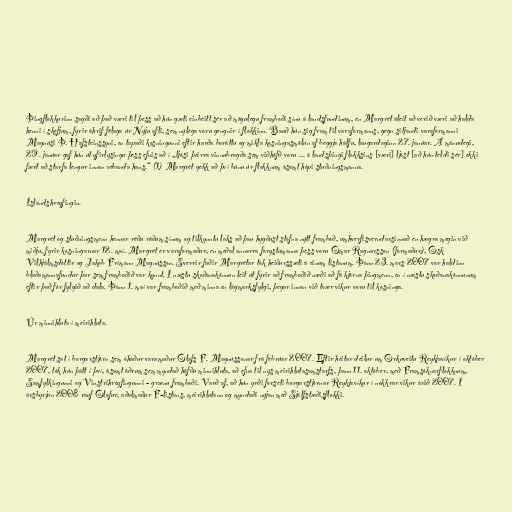
Þingflokkurinn sagði að það væri til þess að hún gæti einbeitt sér að mögulegu framboði sínu á landsfundinum, en Margrét áleit að verið væri að halda
henni í skefjum, fyrir áhrif félaga úr Nýju afli, sem nýlega voru gengnir í flokkinn. Bauð hún sig fram til varaformanns, gegn sitjandi varaformanni
Magnúsi Þ. Hafsteinssyni, en tapaði kosningunni eftir harða baráttu og mikla kosningasmölun af beggja hálfu, laugardaginn 27. janúar. Á mánudegi,
29. janúar gaf hún út yfirlýsingu þess efnis að í „ljósi þeirra vinnubragða sem viðhöfð voru ... á landsþingi flokksins [væri] ljóst [að hún teldi sér] ekki
fært að starfa lengur innan vébanda hans.“ (1) Margrét gekk að því búnu úr flokknum ásamt hópi stuðningsmanna.

Íslandshreyfingin.

Margrét og stuðningsmenn hennar réðu ráðum sínum og tilkynntu loks að þau hygðust stofna nýtt framboð, umhverfisverndarsinnað en hægra megin við
miðju, fyrir kosningarnar 12. maí. Margrét er varaformaður, en meðal annarra forystumanna þess voru Ómar Ragnarsson (formaður), Ósk
Vilhjálmsdóttir og Jakob Frímann Magnússon. Sverrir faðir Margrétar tók heiðurssæti á einum listanum. Þann 23. mars 2007 var haldinn
blaðamannafundur þar sem framboðið var kynnt. Í næstu skoðanakönnun leit út fyrir að framboðið næði að fá kjörna þingmenn, en í næstu skoðanakönnunum
eftir það fór fylgið að dala. Þann 1. maí var framboðið með minna en lágmarksfylgi, þegar innan við tvær vikur voru til kosninga.

Úr minnihluta í meirihluta.

Margrét sat í borgarstjórn sem óháður varamaður Ólafs F. Magnússonar frá febrúar 2007. Eftir heitar deilur um Orkuveitu Reykjavíkur í október
2007, tók hún þátt í því, ásamt öðrum sem myndað höfðu minnihluta, að efna til nýs meirihlutasamstarfs, þann 11. október, með Framsóknarflokknum,
Samfylkingunni og Vinstrihreyfingunni - grænu framboði. Varð af, að hún yrði forseti borgarstjórnar Reykjavíkur í nokkrar vikur árið 2007. Í
ársbyrjun 2008 rauf Ólafur, aðalmaður F-listans, meirihlutann og myndaði nýjan með Sjálfstæðisflokki.